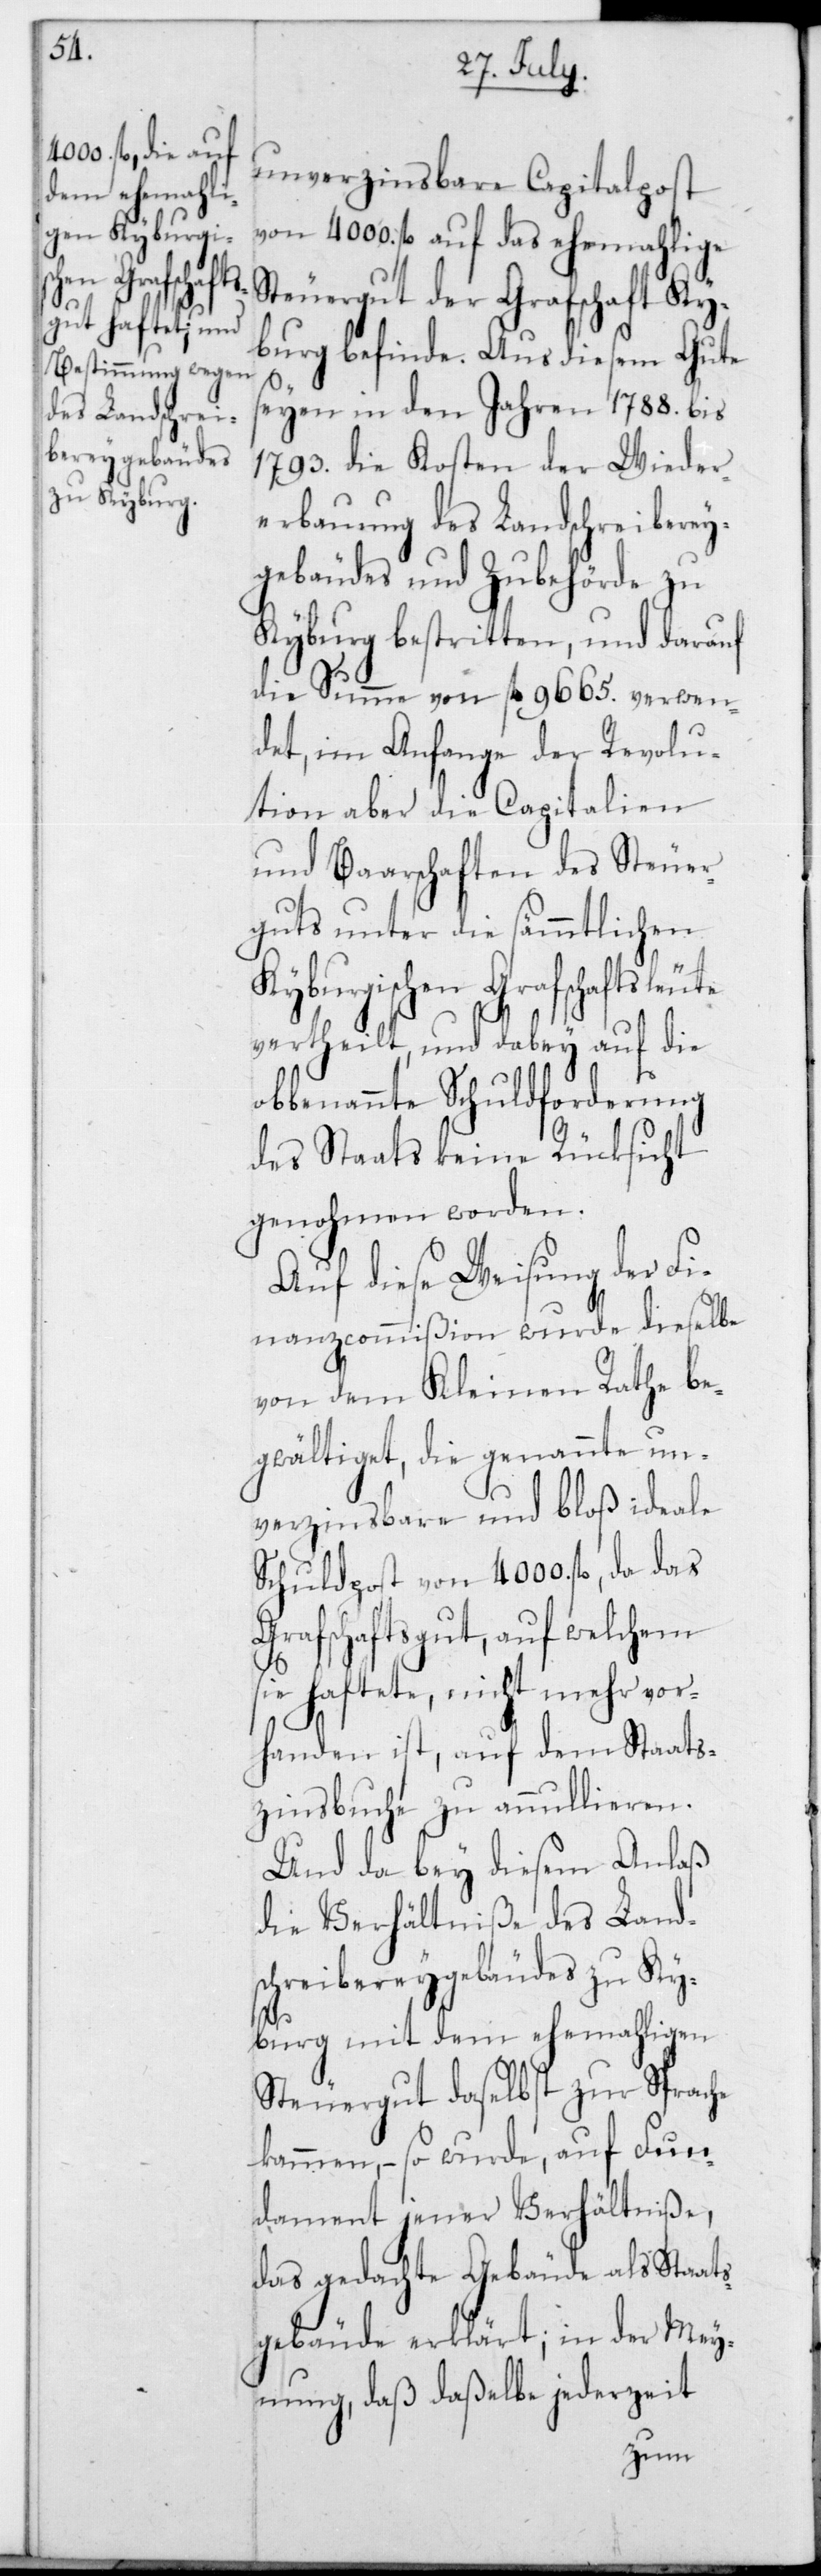
unverzinsbare Capitalpost
von 4000. fl. auf das ehemahlige
Steuergut der Grafschaft Ky¬
burg befinde. Aus diesem Gute
seyen in den Jahren 1788. bis
1793. die Kosten der Wieder¬
erbauung des Landschreiberey¬
gebäudes und Zubehörde zu
Kyburg bestritten, und darauf
die Summe von fl. 9665. verwen¬
det, im Anfange der Revolu¬
tion aber die Capitalien
und Baarschaften des Steuer¬
guts unter die sämmtlichen
Kyburgischen Grafschaftsleute
vertheilt, und dabey auf die
obbenannte Schuldforderung
des Staats keine Rücksicht
genohmen worden.
Auf diese Weisung der Fi¬
nanzcommißion wurde dieselbe
von dem Kleinen Rathe be¬
gwältiget, die genannte un¬
verzinsbare und bloß ideale
Schuldpost von 4000. fl., da das
Grafschaftsgut, auf welchem
sie haftete, nicht mehr vor¬
handen ist, auf dem Staats¬
zinsbuche zu annullieren.
Und da bey diesem Anlaß
die Verhältniße des Land¬
schreibereygebäudes zu Ky¬
burg mit dem ehemahligen
Steuergut daselbst zur Sprache
kammen, – so wurde, auf Fun¬
dament jener Verhältniße,
das gedachte Gebäude als Staat¬
sgebäude erklärt; in der Mey¬
nung, daß daßelbe jederzeit